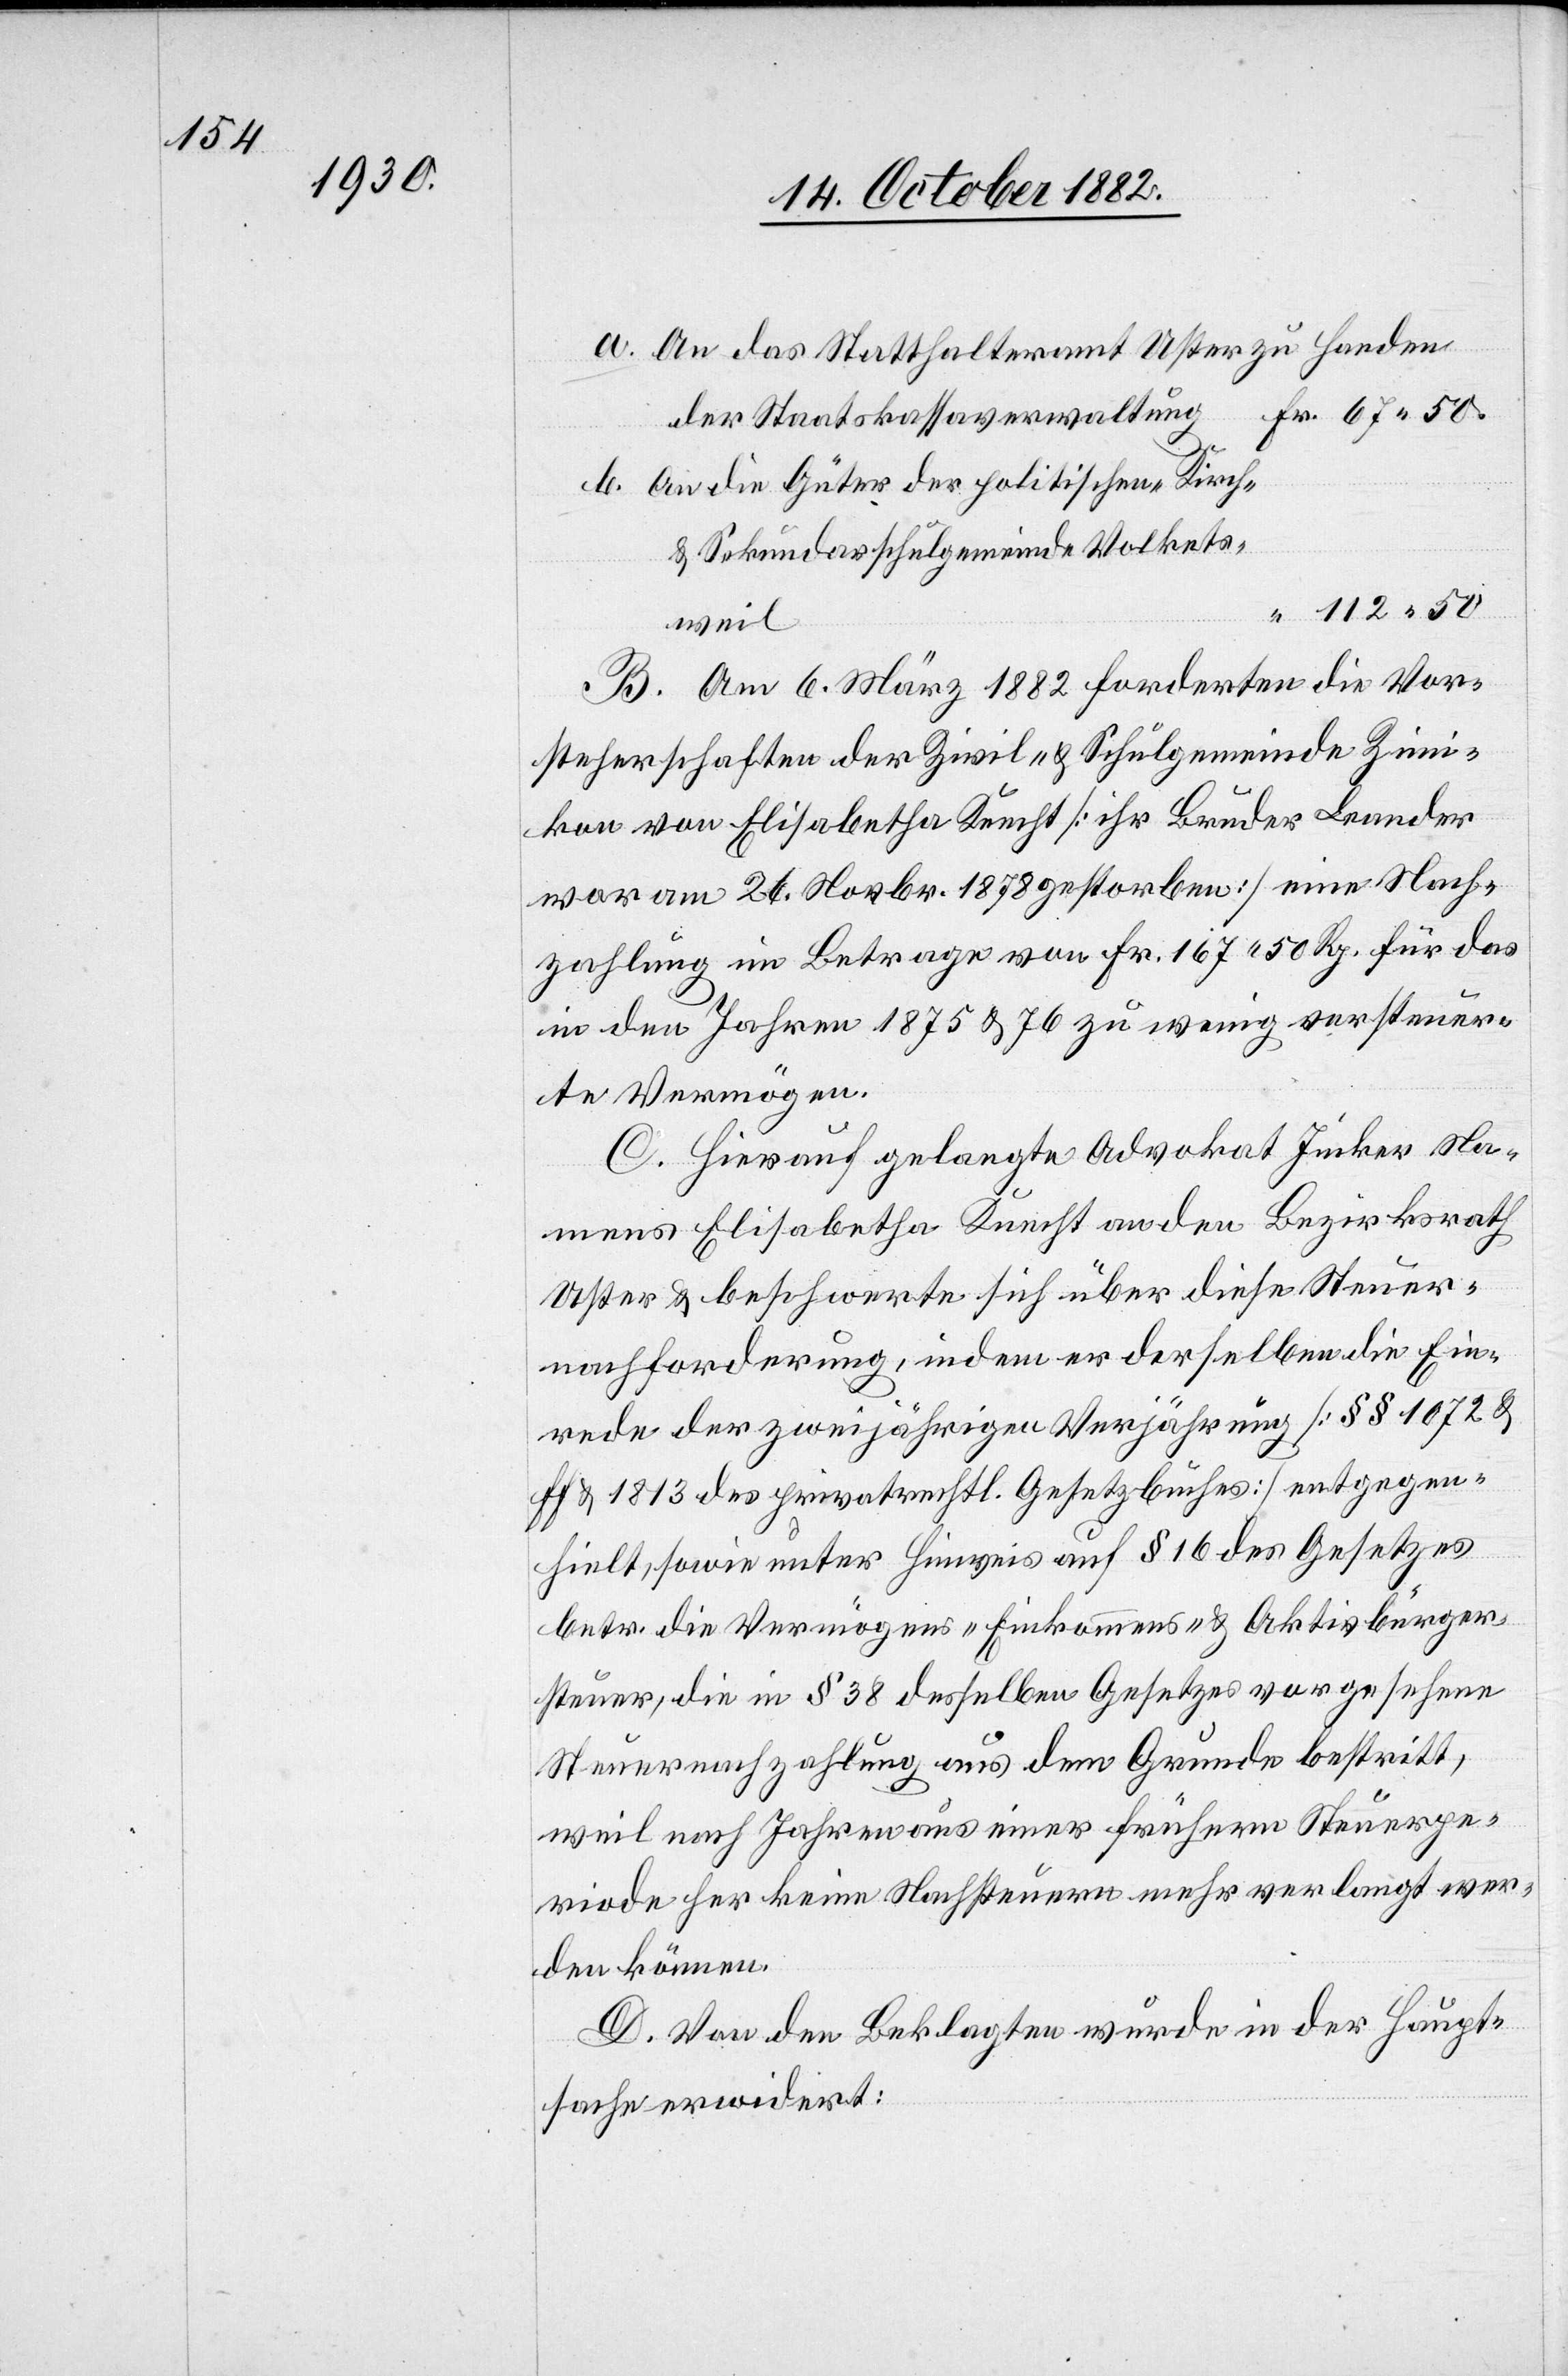
a. An das Statthalteramt Uster zu Handen
der Staatskassaverwaltung
b. An die Güter der politischen Kirch-
& Sekundarschulgemeinde Volkets¬
weil
B. Am 6. März 1882 forderten die Vor¬
steherschaften der Zivil- & Schulgemeinde Zim¬
ikon von Elisabetha Knecht [ihr Bruder Leander
war am 24. Novbr. 1878 gestorben] eine Nach¬
zahlung im Betrage von Fr. 167 50 Rp. für das
in den Jahren 1875 & 76 zu wenig versteuer¬
te Vermögen.
C. Hierauf gelangte Advokat Jucker Na¬
mens Elisabetha Knecht an den Bezirksrath
Uster & beschwerte sich über diese Steuer¬
nachforderung, indem er derselben die Ein¬
rede der zweijährigen Verjährung [§§ 1072 &
ff & 1813 des privatrechtl. Gesetzbuches] entgegen¬
hielt, sowie unter Hinweis auf § 16 des Gesetzes
betr. die Vermögens- Einkommens- & Aktivbürger¬
steuer, die in § 38 desselben Gesetzes vorgesehene
Steuernachzahlung aus dem Grunde bestritt,
weil nach Jahren aus einer frühern Steuerpe¬
riode her keine Nachsteuern mehr verlangt wer¬
den können.
D. Von den Beklagten wurde in der Haupt¬
sache erwidert: